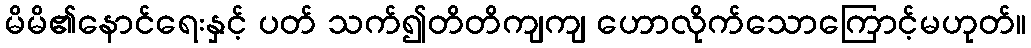
မိမိ၏နောင်ရေးနှင့် ပတ် သက်၍တိတိကျကျ ဟောလိုက်သောကြောင့်မဟုတ်။